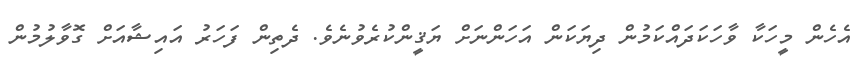
އެހެން މީހަކާ ވާހަކަދައްކަމުން ދިޔަކަން އަހަންނަށް ޔަޤީންކުރެވުނެވެ. ދެތިން ފަހަރު އައިޝާއަށް ގޮވާލުމުން